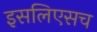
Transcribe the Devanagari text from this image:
इसलिएसच